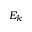
E _ { k }